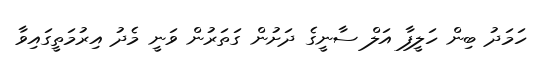
ހަމަދު ބިން ހަލީފާ އަލް ސާނީގެ ދަށުން ގަތަރުން ވަނީ މެދު އިރުމަތީގައިވާ